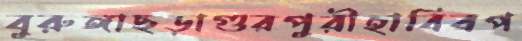
বুরুঙ্গাছড়াগুরপুরীহাবিবপ